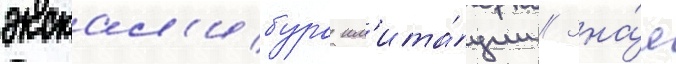
экскал'ибура им'ита́ции // Зна́я